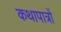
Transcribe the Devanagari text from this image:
कथापात्रों